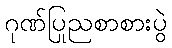
ဂုဏ်ပြုညစာစားပွဲ